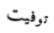
توفيت